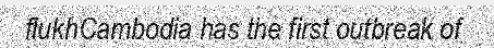
flukhCambodia has the first outbreak of